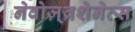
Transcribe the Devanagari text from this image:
नेवोज़्व्रशेनेत्स